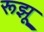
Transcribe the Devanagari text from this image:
रूझू